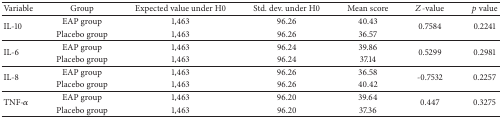
| Variable | Group | Expected value under H0 | Std. dev. under H0 | Mean score | Z-value | p value |
 | --- | --- | --- | --- | --- | --- | --- |
 | <ROWSPAN=2> IL-10 | EAP group | 1,463 | 96.26 | 40.43 | <ROWSPAN=2> 0.7584 | <ROWSPAN=2> 0.2241 |
 | Placebo group | 1,463 | 96.26 | 36.57 |
 | <ROWSPAN=2> IL-6 | EAP group | 1,463 | 96.24 | 39.86 | <ROWSPAN=2> 0.5299 | <ROWSPAN=2> 0.2981 |
 | Placebo group | 1,463 | 96.24 | 37.14 |
 | <ROWSPAN=2> IL-8 | EAP group | 1,463 | 96.26 | 36.58 | <ROWSPAN=2> -0.7532 | <ROWSPAN=2> 0.2257 |
 | Placebo group | 1,463 | 96.26 | 40.42 |
 | <ROWSPAN=2> TNF-α | EAP group | 1,463 | 96.20 | 39.64 | <ROWSPAN=2> 0.447 | <ROWSPAN=2> 0.3275 |
 | Placebo group | 1,463 | 96.20 | 37.36 |